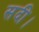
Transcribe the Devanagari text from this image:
सदी।